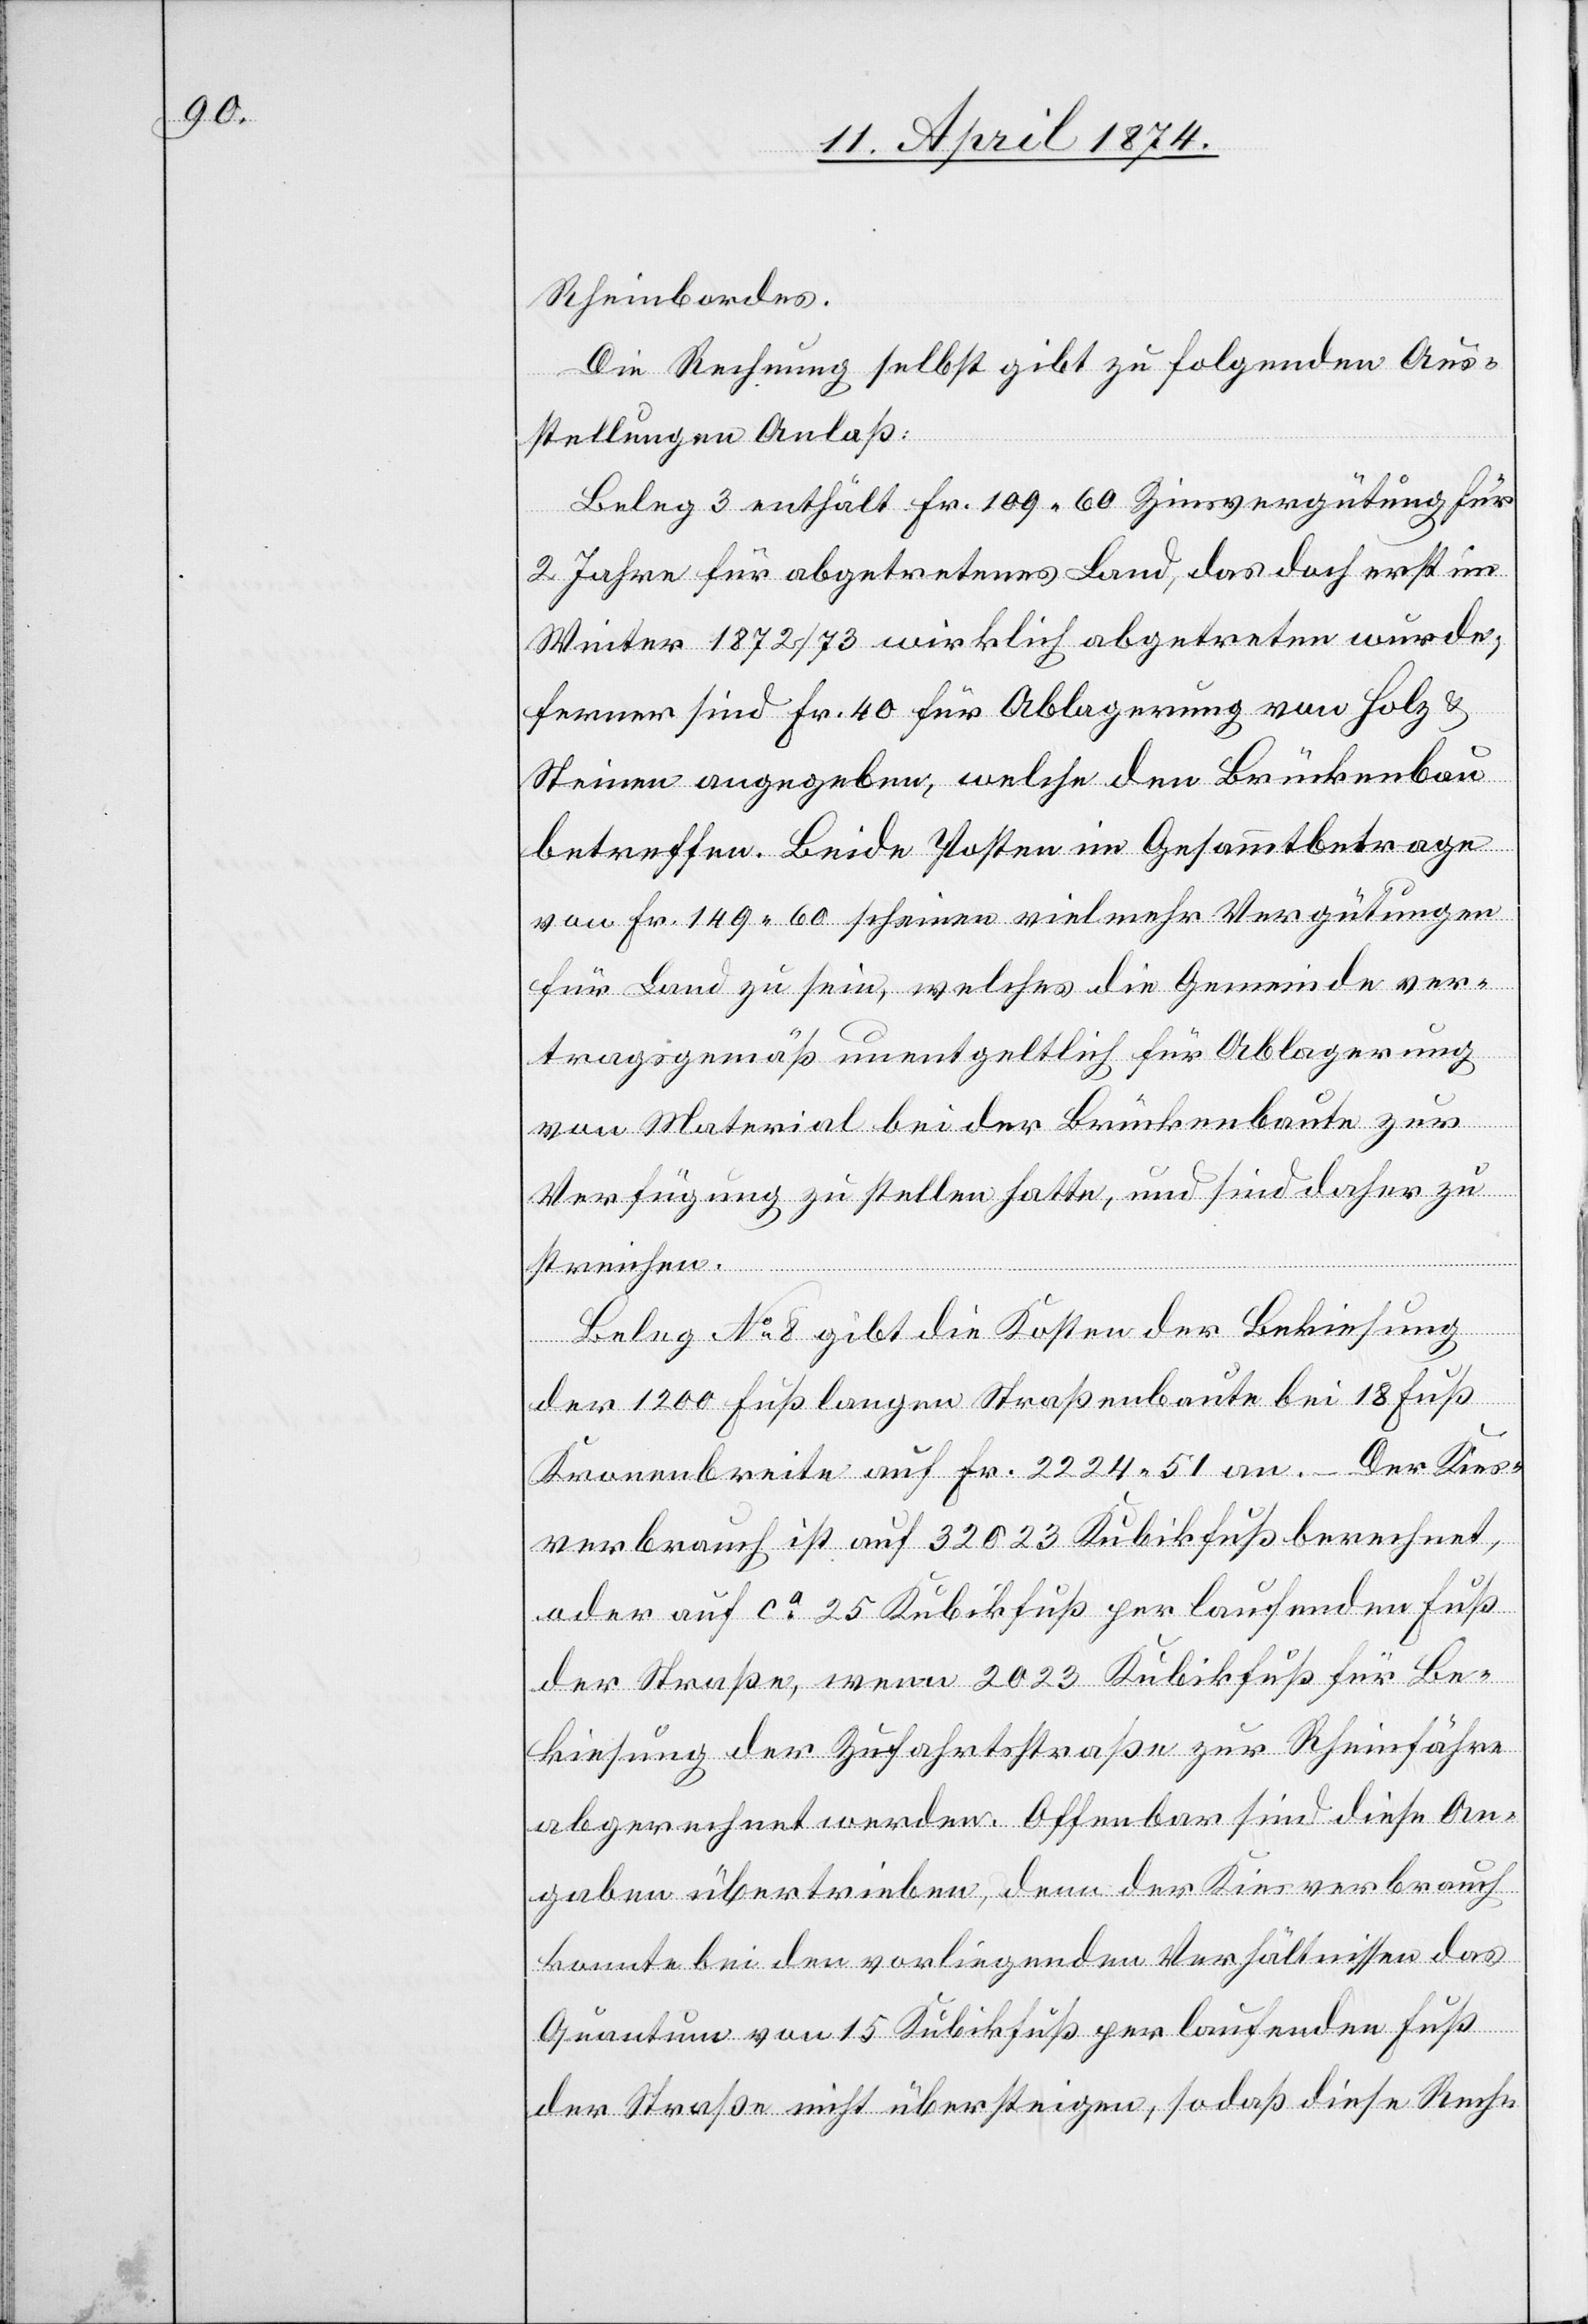
Rheinbordes.
Die Rechnung selbst gibt zu folgenden Aus¬
stellungen Anlaß:
Beleg 3 enthält Fr. 109.60 Zinsvergütung für
2 Jahre für abgetretenes Land, das doch erst im
Winter 1872/73 wirklich abgetreten wurde,
ferner sind Fr. 40 für Ablagerung von Holz u.
Steinen angegeben, welche den Brückenbau
betreffen. Beide Posten im Gesammtbetrage
von Fr. 149.60 scheinen vielmehr Vergütungen
für Land zu sein, welches die Gemeinde ver¬
tragsgemäß unentgeltlich für Ablagerung
von Material bei der Brückenbaute zur
Verfügung zu stellen hatte, und sind daher zu
streichen.
Beleg No 8 gibt die Kosten der Bekiesung
der 1200 Fuß langen Straßenbaute bei 18 Fuß
Kronenbreite auf Fr. 2224.51 an. – Der Kies¬
verbrauch ist auf 32 023 Kubikfuß berechnet,
oder auf ca 25 Kubikfuß per laufenden Fuß
der Straße, wenn 2023 Kubikfuß für Be¬
kiesung der Zufahrtsstraße zur Rheinfähre
abgerechnet werden. Offenbar sind diese An¬
gaben übertrieben, denn der Kiesverbrauch
konnte bei den vorliegenden Verhältnissen das
Quantum von 15 Kubikfuß per laufenden Fuß
der Straße nicht übersteigen, so daß diese Rech-